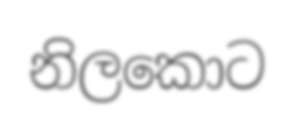
නිලකොට